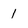
Character: 1